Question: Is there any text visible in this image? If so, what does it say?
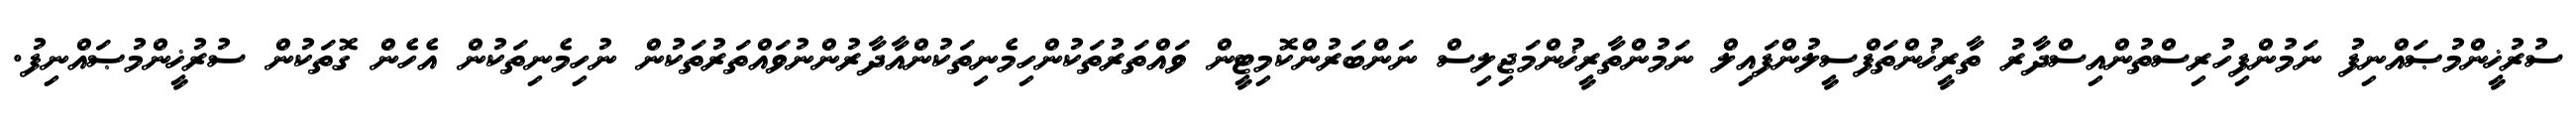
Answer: ސުރުޚީންމުޞައްނިފު ނަމުންފިހުރިސްތުންއިސްދާރު ތާރީޚުންތަފްސީލުންފައިލް ނަމުންތާރީޚުންމަޖިލިސް ނަންބަރުންކޮމިޓީން ވައްތަރުތަކުންހިމެނިތަކުންއާދާރުންނުވައްތަރުތަކުން ނުހިމެނިތަކުން އެހެން ގޮތަކުން ސުރުޚީންމުޞައްނިފު.